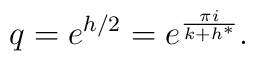
q=e^{h/2}= e^{\frac{\pi i}{k + h^{*}}}.